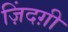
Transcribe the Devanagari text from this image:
ज़िंदग़ी